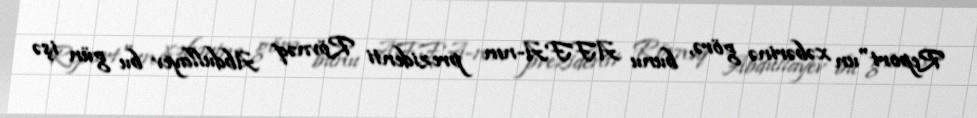
Report"un xəbərinə görə, bunu AFFA-nın prezidenti Rövnəq Abdullayev bu gün işə